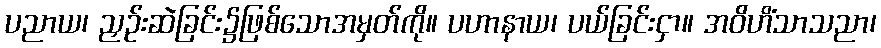
ပညာယ၊ ညှဉ်းဆဲခြင်း၌ဖြစ်သောအမှတ်ကို။ ပဟာနာယ၊ ပယ်ခြင်းငှာ။ အဝိဟိံသာသညာ၊